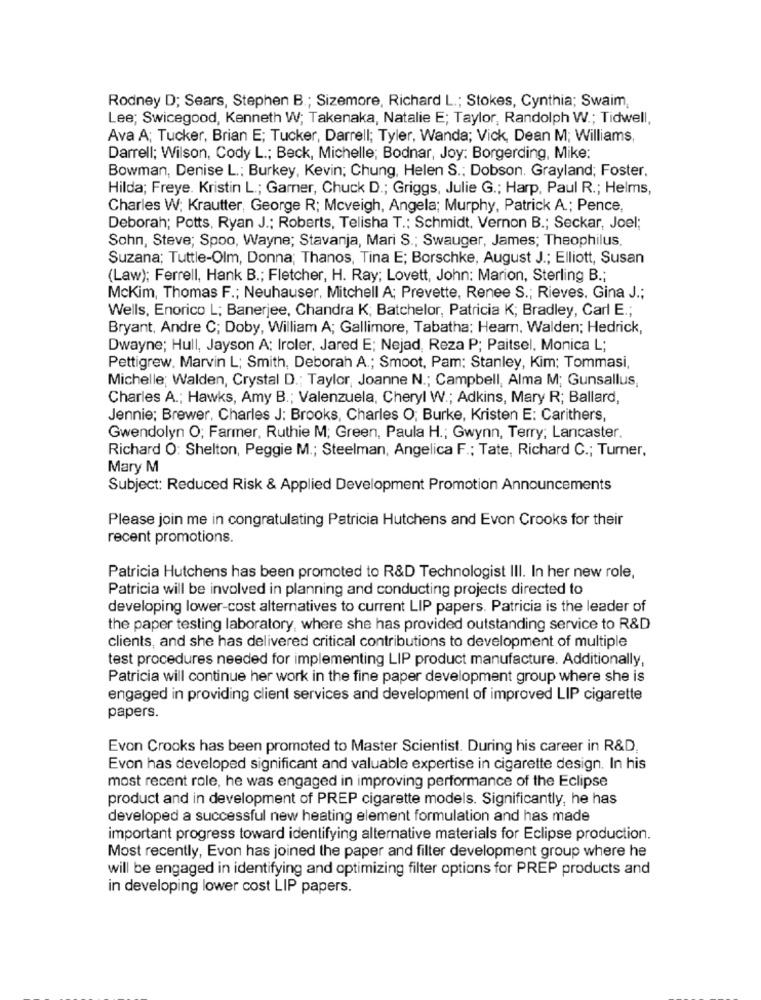
Rodney D; Sears, Stephen B .; Sizemore, Richard L .; Stokes, Cynthia; Swaim,
Lee; Swicegood, Kenneth W; Takenaka, Natalie E; Taylor, Randolph W .; Tidwell,
Ava A; Tucker, Brian E; Tucker, Darrell; Tyler, Wanda; Vick, Dean M; Williams,
Darrell; Wilson, Cody L .; Beck, Michelle; Bodnar, Joy: Borgerding, Mike:
Bowman, Denise L .: Burkey, Kevin; Chung, Helen S .; Dobson. Grayland; Foster,
Hilda; Freye. Kristin L .; Garner, Chuck D .; Griggs, Julie G .; Harp, Paul R .; Helms,
Charles W; Krautter, George R; Mcveigh, Angela; Murphy, Patrick A .; Pence,
Deborah; Potts, Ryan J .; Roberts, Telisha T .: Schmidt, Vernon B .; Seckar, Joel;
Sohn, Steve; Spoo, Wayne; Stavanja, Mari S .; Swauger, James; Theophilus
Suzana; Tuttle-Olm, Donna; Thanos, Tina E; Borschke, August J .; Elliott, Susan
(Law); Ferrell, Hank B .; Fletcher, H. Ray; Lovett, John: Marion, Sterling B .;
Mckim, Thomas F .; Neuhauser, Mitchell A; Prevette, Renee S .; Rieves. Gina J .;
Wells, Enorico L; Banerjee, Chandra K; Batchelor, Patricia K; Bradley, Carl E .;
Bryant, Andre C; Doby, William A; Gallimore, Tabatha; Heam, Walden; Hedrick,
Dwayne; Hull, Jayson A: Iroler, Jared E; Nejad, Reza P; Paitsel, Monica L;
Pettigrew. Marvin L; Smith, Deborah A .; Smoot, Pam: Stanley, Kim; Tommasi,
Michelle; Walden, Crystal D .; Taylor, Joanne N .; Campbell, Alma M; Gunsallus,
Charles A .; Hawks, Amy B .; Valenzuela, Cheryl W .; Adkins, Mary R; Ballard,
Jennie; Brewer, Charles J: Brooks, Charles O; Burke, Kristen E: Carithers,
Gwendolyn O; Farmer, Ruthie M; Green, Paula H .; Gwynn, Terry; Lancaster.
Richard O: Shelton, Peggie M .; Steelman, Angelica F .; Tate, Richard C .; Turner,
Mary M
Subject: Reduced Risk & Applied Development Promotion Announcements
Please join me in congratulating Patricia Hutchens and Evon Crooks for their
recent promotions.
Patricia Hutchens has been promoted to R&D Technologist III. In her new role,
Patricia will be involved in planning and conducting projects directed to
developing lower-cost alternatives to current LIP papers. Patricia is the leader of
the paper testing laboratory, where she has provided outstanding service to R&D
clients, and she has delivered critical contributions to development of multiple
test procedures needed for implementing LIP product manufacture. Additionally,
Patricia will continue her work in the fine paper development group where she is
engaged in providing client services and development of improved LIP cigarette
papers.
Evon Crooks has been promoted to Master Scientist. During his career in R&D.
Evon has developed significant and valuable expertise in cigarette design. In his
most recent role, he was engaged in improving performance of the Eclipse
product and in development of PREP cigarette models. Significantly, he has
developed a successful new heating element formulation and has made
important progress toward identifying alternative materials for Eclipse production.
Most recently, Evon has joined the paper and filter development group where he
will be engaged in identifying and optimizing filter options for PREP products and
in developing lower cost LIP papers.